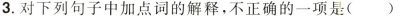
3.对下列句子中加点词的解释，不正确的一项是()